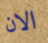
الان